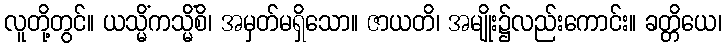
လူတို့တွင်။ ယသ္မိံကသ္မိံစိ၊ အမှတ်မရှိသော။ ဇာယတိ၊ အမျိုး၌လည်းကောင်း။ ခတ္တိယေ၊